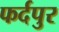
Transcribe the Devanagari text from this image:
फर्दपुर